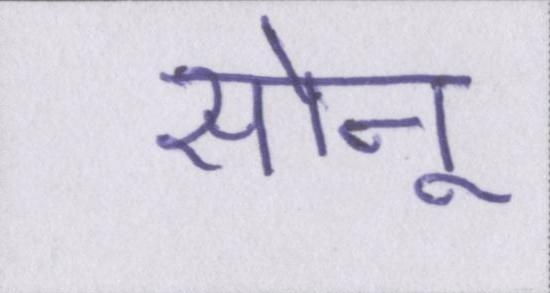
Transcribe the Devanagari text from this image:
सोनू